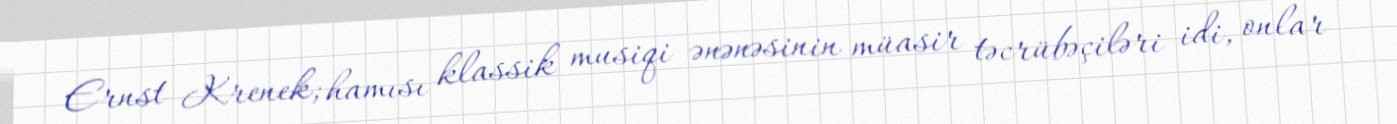
Ernst Krenek; hamısı klassik musiqi ənənəsinin müasir təcrübəçiləri idi, onlar